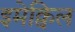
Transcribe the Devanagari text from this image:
इमेक्विल